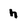
Character: h